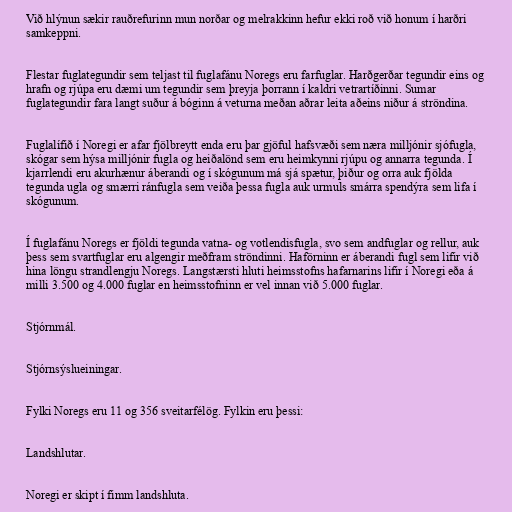
Við hlýnun sækir rauðrefurinn mun norðar og melrakkinn hefur ekki roð við honum í harðri
samkeppni.

Flestar fuglategundir sem teljast til fuglafánu Noregs eru farfuglar. Harðgerðar tegundir eins og
hrafn og rjúpa eru dæmi um tegundir sem þreyja þorrann í kaldri vetrartíðinni. Sumar
fuglategundir fara langt suður á bóginn á veturna meðan aðrar leita aðeins niður á ströndina.

Fuglalífið í Noregi er afar fjölbreytt enda eru þar gjöful hafsvæði sem næra milljónir sjófugla,
skógar sem hýsa milljónir fugla og heiðalönd sem eru heimkynni rjúpu og annarra tegunda. Í
kjarrlendi eru akurhænur áberandi og í skógunum má sjá spætur, þiður og orra auk fjölda
tegunda ugla og smærri ránfugla sem veiða þessa fugla auk urmuls smárra spendýra sem lifa í
skógunum.

Í fuglafánu Noregs er fjöldi tegunda vatna- og votlendisfugla, svo sem andfuglar og rellur, auk
þess sem svartfuglar eru algengir meðfram ströndinni. Haförninn er áberandi fugl sem lifir við
hina löngu strandlengju Noregs. Langstærsti hluti heimsstofns hafarnarins lifir í Noregi eða á
milli 3.500 og 4.000 fuglar en heimsstofninn er vel innan við 5.000 fuglar.

Stjórnmál.

Stjórnsýslueiningar.

Fylki Noregs eru 11 og 356 sveitarfélög. Fylkin eru þessi:

Landshlutar.

Noregi er skipt í fimm landshluta.